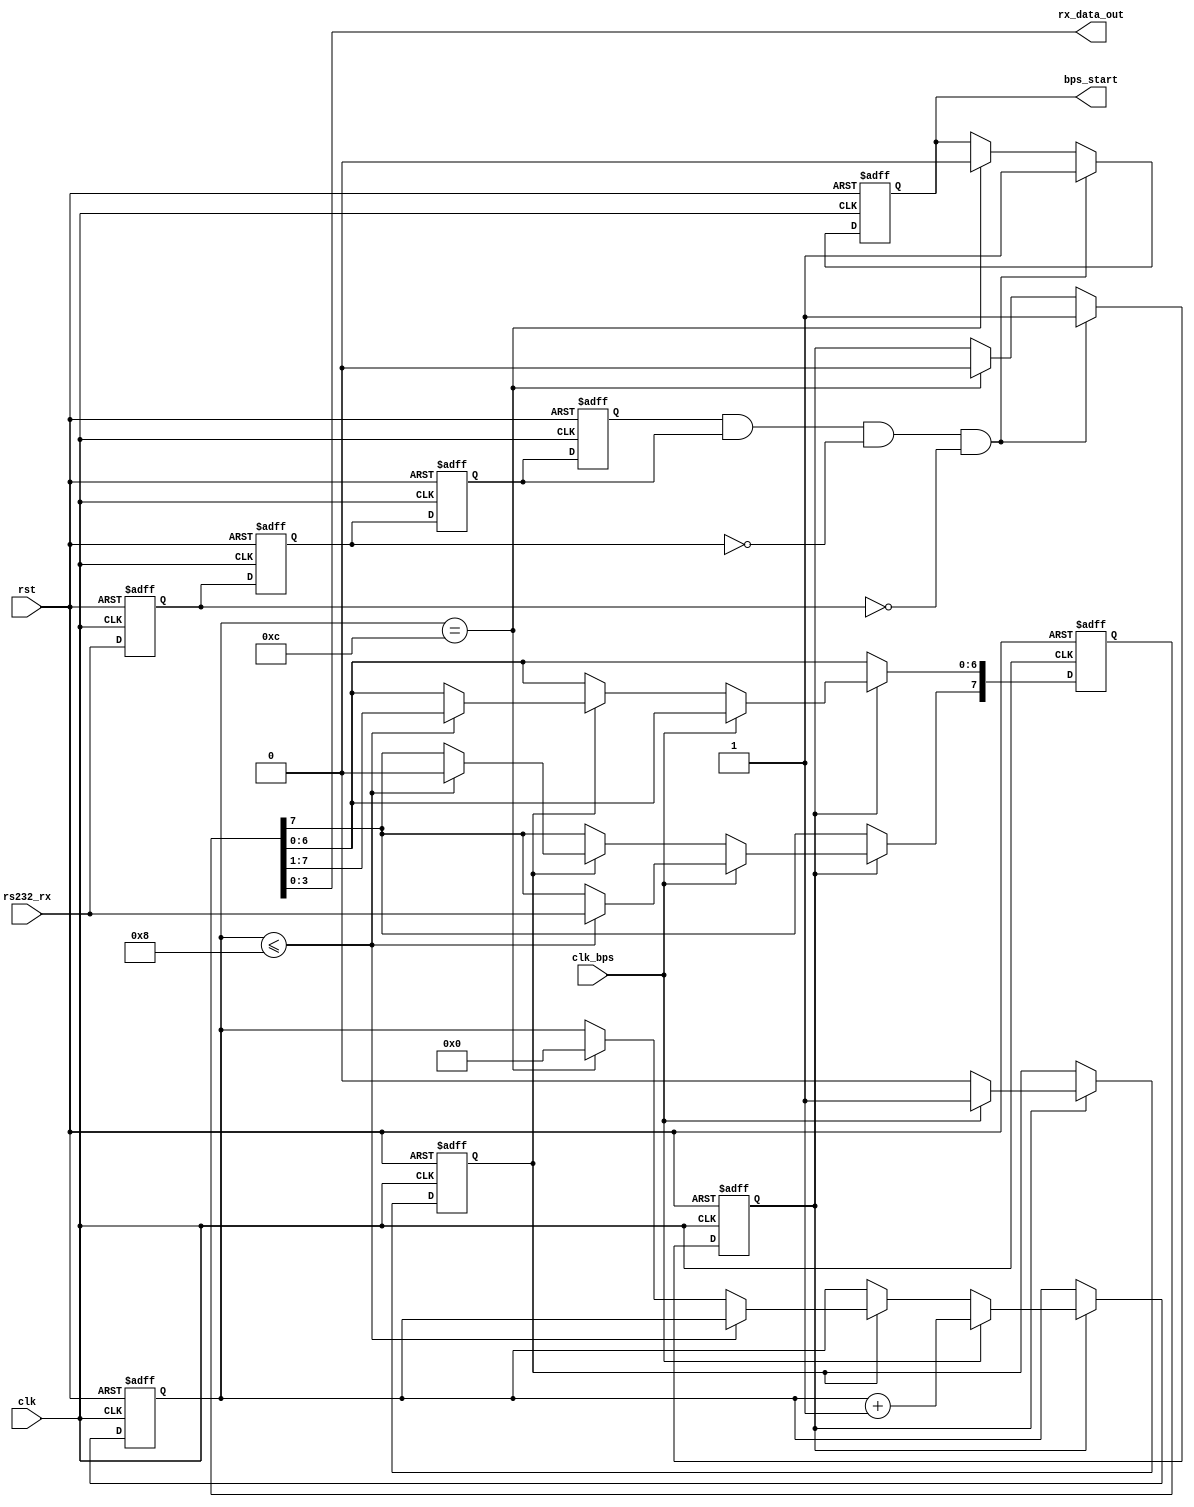
module my_uart_rx(clk,rst,rs232_rx,rx_data_out,clk_bps,bps_start);
input clk;	// 50MHz
input rst;	//
input rs232_rx;	// RS232
input clk_bps;	// clk_bps

output bps_start;	//
output[3:0] rx_data_out;	// 
//output rx_int;	//,


reg rs232_rx0,rs232_rx1,rs232_rx2,rs232_rx3;	//
always @ (posedge clk or negedge rst) begin
	if(!rst) begin
			rs232_rx0 <= 1'b1;
			rs232_rx1 <= 1'b1;
			rs232_rx2 <= 1'b1;
			rs232_rx3 <= 1'b1;
		end
	else begin
			rs232_rx0 <= rs232_rx;
			rs232_rx1 <= rs232_rx0;
			rs232_rx2 <= rs232_rx1;
			rs232_rx3 <= rs232_rx2;
		end
end

wire neg_rs232_rx;	//
assign neg_rs232_rx = rs232_rx3&&rs232_rx2&&~rs232_rx1&&~rs232_rx0;	//neg_rs232_rx

reg bps_start;
reg[3:0] num;
reg rx_int;
  
  
always@(posedge clk or negedge rst)
	if(!rst)
	begin
		bps_start<=1'b0;
		rx_int<=1'b0;
	end
	else if(neg_rs232_rx)//
	begin
		bps_start<=1'b1;
		rx_int<=1'b1;
	end
	else if(num==4'd12)//
	begin
		bps_start<=1'b0;
		rx_int<=1'b0;
	end

	
reg[7:0] rx_data;
reg a;	//

always @ (posedge clk or negedge rst)
 begin
	if(!rst) 
		 begin
			a<= 1'b0;
			num <= 4'd0;
			rx_data <= 8'd0;
		 end
	else if(rx_int) 
	   begin	//
			if(clk_bps) 
				begin	//,8bit		
					a<= 1'b1;
					num <= num+1'b1;
					if(num<=4'd8) 
					rx_data[7]<= rs232_rx;	//9bit1bit8bit
				end
			else if(a) //	
				begin	
					a<= 1'b0;
					if(num<=4'd8) rx_data<=rx_data>>1'b1;	//81bit8bit
					else if(num==4'd12) num <= 4'd0;	//STOP,num	end
				end
		 end
end

assign rx_data_out=rx_data[3:0];
endmodule